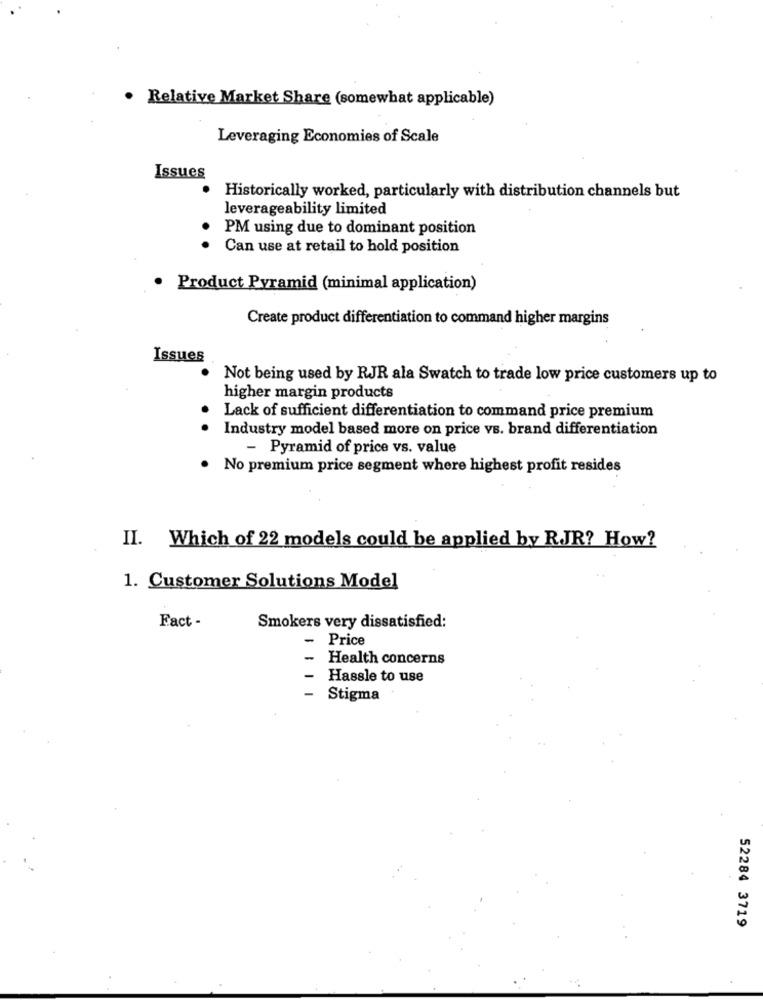
· Relative Market Share (somewhat applicable)
Leveraging Economies of Scale
Issues
Historically worked, particularly with distribution channels but
leverageability limited
PM using due to dominant position
Can use at retail to hold position
· Product Pyramid (minimal application)
Create product differentiation to command higher margins
Issues
Not being used by RJR ala Swatch to trade low price customers up to
higher margin products
Lack of sufficient differentiation to command price premium
Industry model based more on price vs. brand differentiation
- Pyramid of price vs. value
. No premium price segment where highest profit resides
II. Which of 22 models could be applied by RJR? How?
1. Customer Solutions Model
Fact -
Smokers very dissatisfied:
- Price
-
Health concerns
-
Hassle to use
-
Stigma
52284 3719